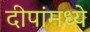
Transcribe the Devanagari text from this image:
दीपांमध्ये